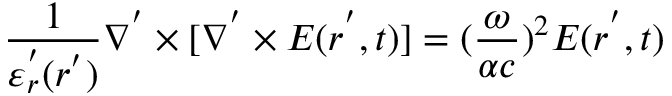
\frac { 1 } { \varepsilon _ { r } ^ { ' } ( r ^ { ' } ) } \nabla ^ { ' } \times [ \nabla ^ { ' } \times E ( r ^ { ' } , t ) ] = ( \frac { \omega } { \alpha c } ) ^ { 2 } E ( r ^ { ' } , t )